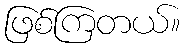
ဖြစ်ကြတယ်။